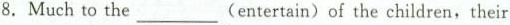
8.Much to the____(entertain)of the children,their